Report on horse surra - Volume I
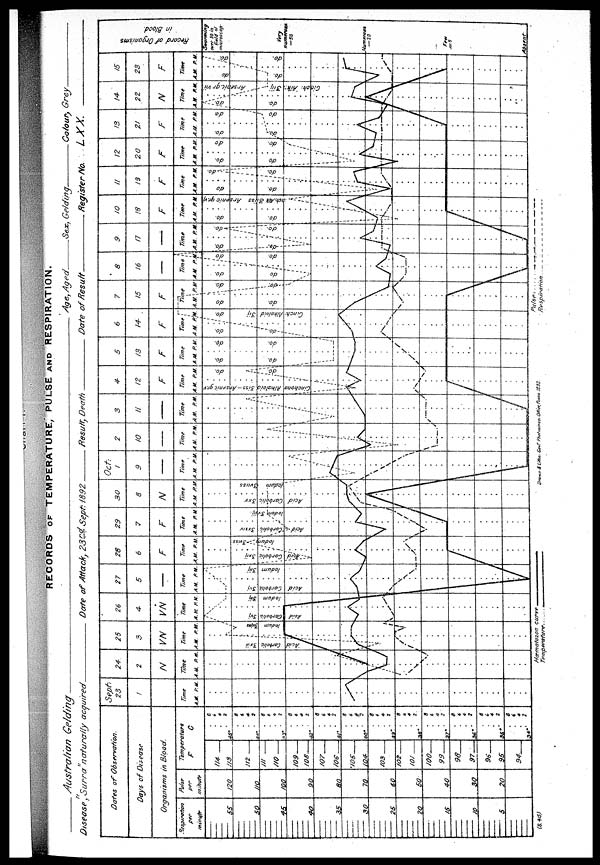
RECORDS OF TEMPERATURE, PULSE AND RESPIRATION.